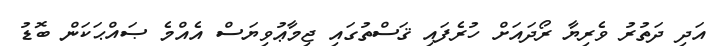
އަދި ދަތުރު ވެރިޔާ ރޯދައަށް ހުރެފައި ޤަސްތުގައި ޖިމާޢުވިޔަސް އެއްމެ ޞައްޙަކަން ބޮޑު